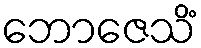
ဘောဇေသိံ